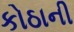
કોઠાની